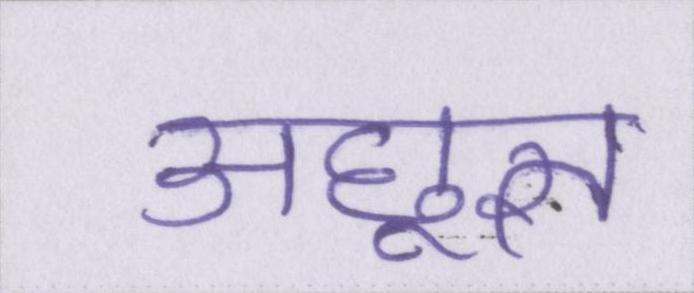
अछूत